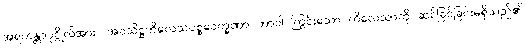
အရဟန္တာပုဂ္ဂိုလ်အား။ အဝသိဋ္ဌကိလေသပစ္စဝေက္ခဏာ ဘာဝါ ကြွင်းသော ကိလေသာကို ဆင်ခြင်ခြင်းမရှိသည်၏